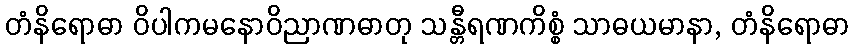
တံနိရောဓာ ဝိပါကမနောဝိညာဏဓာတု သန္တီရဏကိစ္စံ သာဓယမာနာ, တံနိရောဓာ